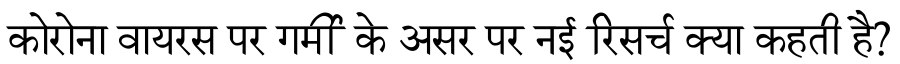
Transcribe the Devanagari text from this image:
कोरोना वायरस पर गर्मी के असर पर नई रिसर्च क्या कहती है?